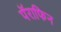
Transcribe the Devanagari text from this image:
पॅराफिन